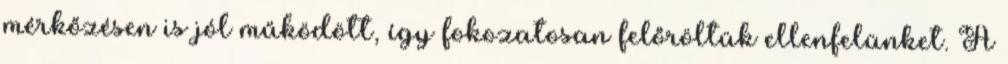
mérkőzésen is jól működött, így fokozatosan felőröltük ellenfelünket. A